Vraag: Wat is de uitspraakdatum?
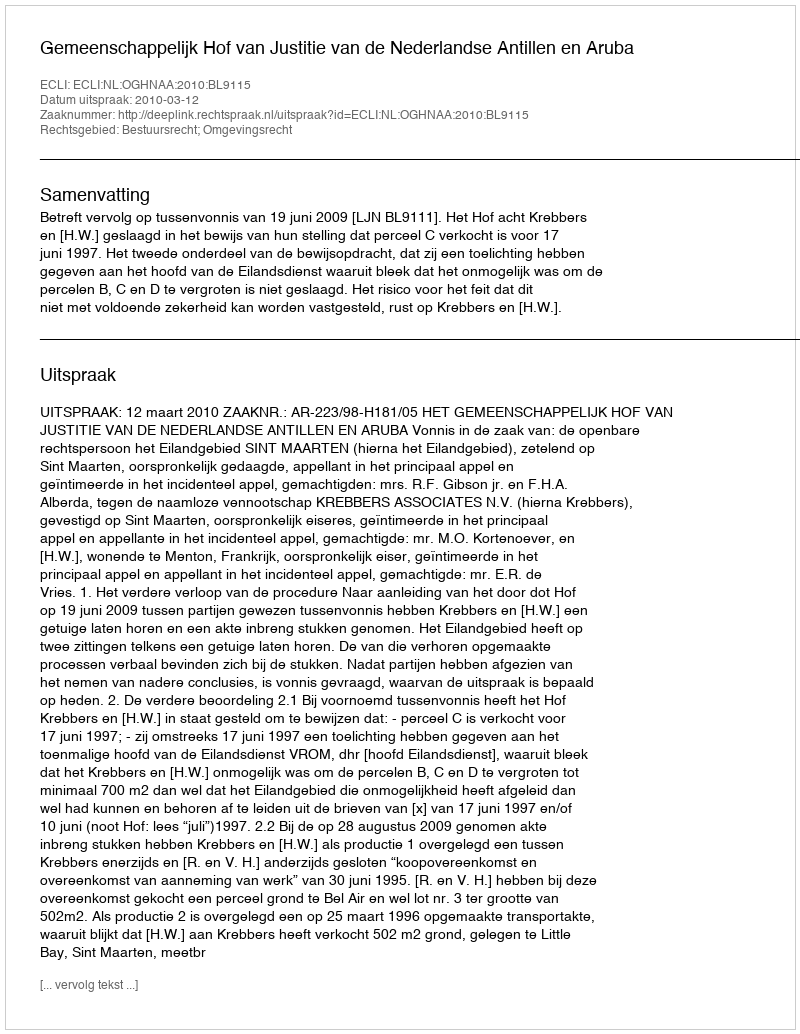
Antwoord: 2010-03-12